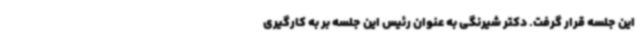
این جلسه قرار گرفت. دکتر شیرنگی به عنوان رئیس این جلسه بر به کارگیری